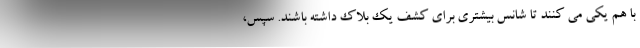
با هم یکی می کنند تا شانس بیشتری برای کشف یک بلاک داشته باشند. سپس،